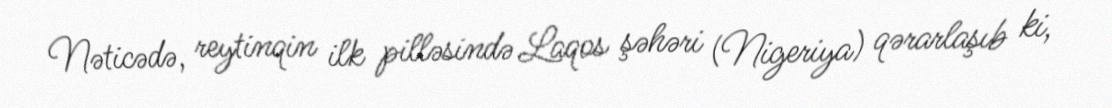
Nəticədə, reytinqin ilk pilləsində Laqos şəhəri (Nigeriya) qərarlaşıb ki,